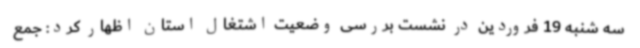
سه شنبه 19 فروردین در نشست بررسی وضعیت اشتغال استان اظهار کرد: جمع